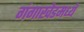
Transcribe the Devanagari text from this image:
गंगाखेडमध्ये